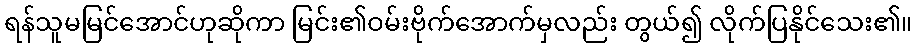
ရန်သူမမြင်အောင်ဟုဆိုကာ မြင်း၏ဝမ်းဗိုက်အောက်မှလည်း တွယ်၍ လိုက်ပြနိုင်သေး၏။